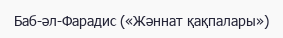
Баб-әл-Фарадис («Жәннат қақпалары»)